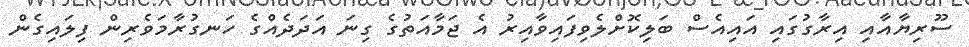
ސޫރިޔާއާއި އިރާގުގައި އައިއެސް ބަލިކޮށްލެވިފައިވާއިރު އެ ޖަމާއަތުގެ ގިނަ އަދަދެއްގެ ހަނގުރާމަވެރިން ފިލައިގެން